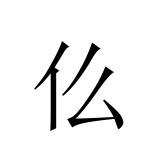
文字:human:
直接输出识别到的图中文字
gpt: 仫